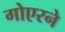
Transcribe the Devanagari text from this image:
गोएरने